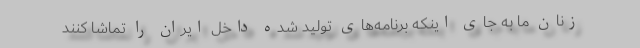
زنان ما به جای اینکه برنامه‌های تولید شده داخل ایران را تماشا کنند